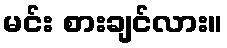
မင်း စားချင်လား။